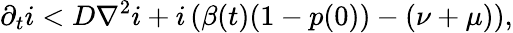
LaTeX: \partial_{t}i<D\nabla^{2}i+i\left(\beta(t)(1-p(0))-(\nu+\mu)\right),